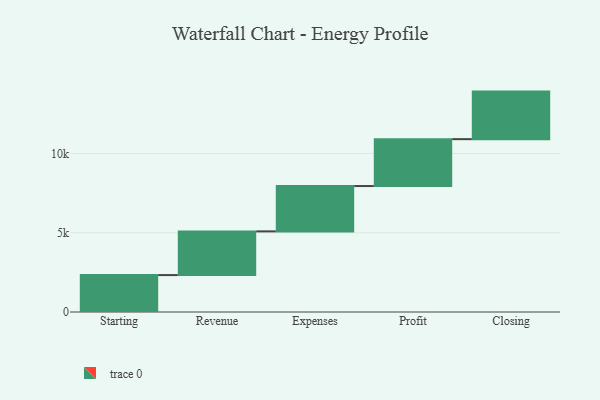
{"axis": {"x": "Step", "y": "Value"}, "legend": [""], "data": [{"x": "Starting", "y": 2329.0, "type": ""}, {"x": "Revenue", "y": 2757.0, "type": ""}, {"x": "Expenses", "y": 2861.0, "type": ""}, {"x": "Profit", "y": 2958.0, "type": ""}, {"x": "Closing", "y": 3000, "type": ""}]}